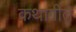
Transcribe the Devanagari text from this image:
कथागीते